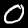
Digit: 0